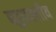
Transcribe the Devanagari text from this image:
बहुनस्लीय